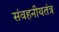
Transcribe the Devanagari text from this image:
संवहनीयतंत्र